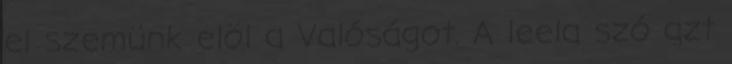
el szemünk elöl a Valóságot. A leela szó azt